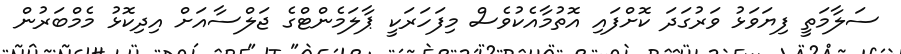
ސަލާމަތީ ފިޔަވަޅު ވަރުގަދަ ކޮށްފައި އޮތުމާއެކުވެސް މިފަހަރަކީ ޕާލަމެންޓްގެ ޖަލްސާއަށް އިދިކޮޅު މެމްބަރުން